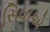
સિવાએ